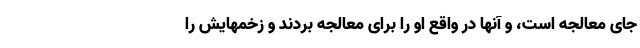
جای معالجه است، و آنها در واقع او را برای معالجه بردند و زخمهایش را